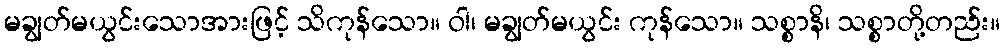
မချွတ်မယွင်းသောအားဖြင့် သိကုန်သော။ ဝါ၊ မချွတ်မယွင်း ကုန်သော။ သစ္စာနိ၊ သစ္စာတို့တည်း။